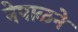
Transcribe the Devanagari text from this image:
नेपाळने